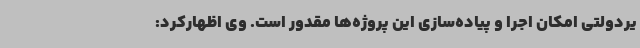
یردولتی امکان اجرا و پیاده‌سازی این پروژه‌ها مقدور است. وی اظهارکرد: